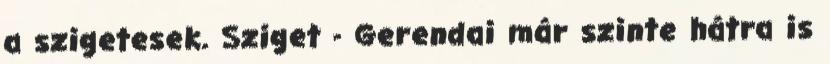
a szigetesek. Sziget - Gerendai már szinte hátra is